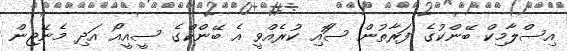
އިސްލާމިކް ބޭންކުގެ ފަރާތުން ސަޮއި ކުރެއްވީ އެ ބޭންކްގެ ސީއީއޯ އަދި މެނޭޖިން